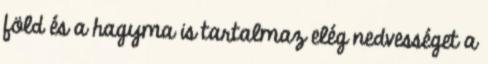
föld és a hagyma is tartalmaz elég nedvességet a